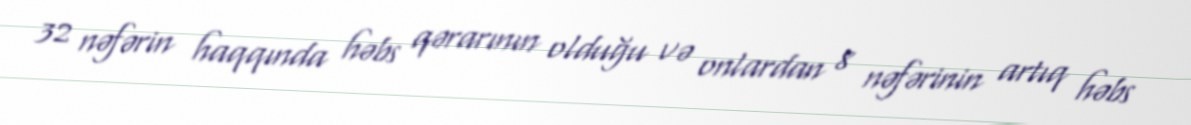
32 nəfərin haqqında həbs qərarının olduğu və onlardan 8 nəfərinin artıq həbs